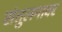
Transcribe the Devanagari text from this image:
संतुलनावर